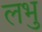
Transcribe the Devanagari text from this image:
लभु